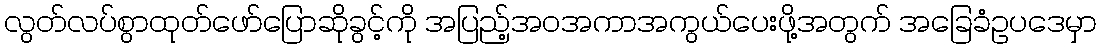
လွတ်လပ်စွာထုတ်ဖော်ပြောဆိုခွင့်ကို အပြည့်အဝအကာအကွယ်ပေးဖို့အတွက် အခြေခံဥပဒေမှာ